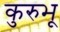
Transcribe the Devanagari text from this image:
कुरुभू